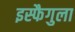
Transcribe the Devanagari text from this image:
इस्फैगुला